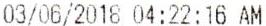
03/06/2018 04:22:16 AM